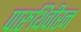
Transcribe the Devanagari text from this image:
पारुथिवीरन